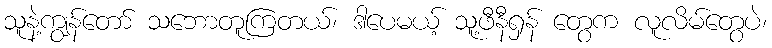
သူနဲ့ကျွန်တော် သဘောတူကြတယ်၊ ဒါပေမယ့် သူ့ဖီနီရှန် တွေက လူလိမ်တွေပဲ၊